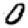
Digit: 0